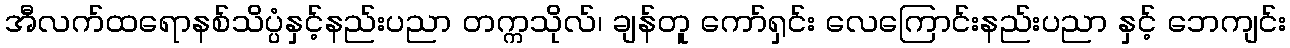
အီလက်ထရောနစ်သိပ္ပံနှင့်နည်းပညာ တက္ကသိုလ်၊ ချန်တူ ကော်ရှင်း လေကြောင်းနည်းပညာ နှင့် ဘေကျင်း